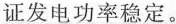
证发电功率稳定。